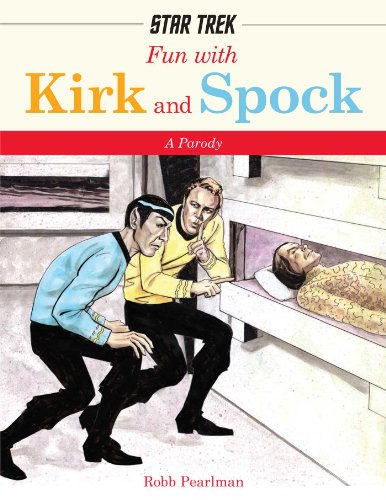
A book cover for Fun with Kirk and Spock (Star Trek); Robb Pearlman; Humor & Entertainment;